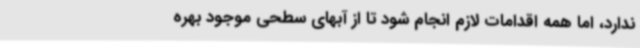
ندارد، اما همه اقدامات لازم انجام شود تا از آبهای سطحی موجود بهره